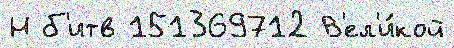
Н б'итв 151369712 В'ел'и́кой